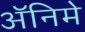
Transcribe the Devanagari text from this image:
ॲनिमे